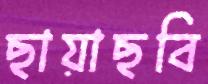
ছায়াছবি